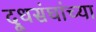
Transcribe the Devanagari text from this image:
दूधसंघांच्या